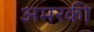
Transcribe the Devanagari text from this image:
अमरकी